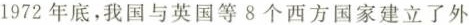
1972 年底，我国与英国等 8 个西方国家建立了外